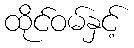
ထိုင်ဝမ်နှင့်